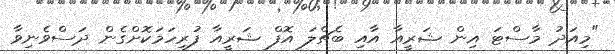
"މިއަދު މާސްޓަ އިން ޝަރީއާ އާއި ބެޗްލަ އޮފް ޝަރީއާ ފުރިހަމަކޮށްގެން ދަސްވެނިވާ